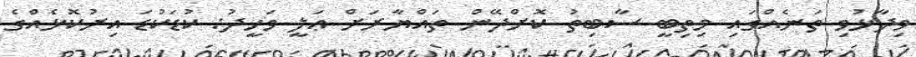
ވިދާޅުވި ތަނެއްގައި މިތިބީ ސާބިތު ކޮށްދޭން ތައްޔާރަށް ޢަލީ ވަހީދު: ކުޑަކުޑަ އިރުކޮޅެއްގެ